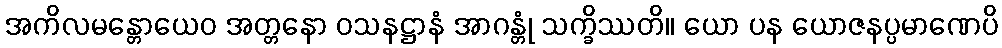
အကိလမန္တောယေဝ အတ္တနော ဝသနဋ္ဌာနံ အာဂန္တုံ သက္ခိဿတိ။ ယော ပန ယောဇနပ္ပမာဏေပိ